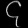
Digit: ၄